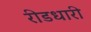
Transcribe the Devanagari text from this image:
रीडधारी